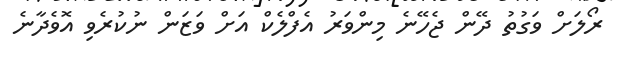
ރޯލަށް ވަގުތު ދޭން ޖެހޭނެ މިންވަރު އެފްލެކް އަށް ވަޒަން ނުކުރެވި އޮވެދާނެ